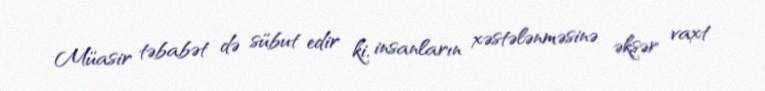
Müasir təbabət də sübut edir ki, insanların xəstələnməsinə əksər vaxt